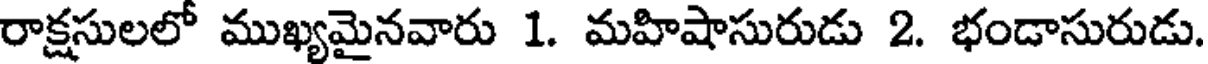
రాక్షసులలో ముఖ్యమైనవారు 1. మహిషాసురుడు 2. భండాసురుడు.